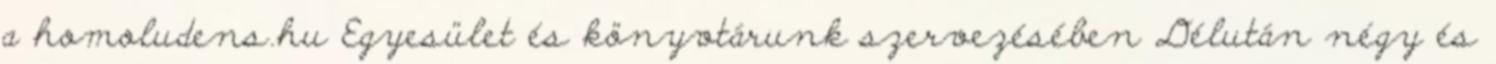
a homoludens.hu Egyesület és könyvtárunk szervezésében Délután négy és